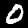
Digit: 0